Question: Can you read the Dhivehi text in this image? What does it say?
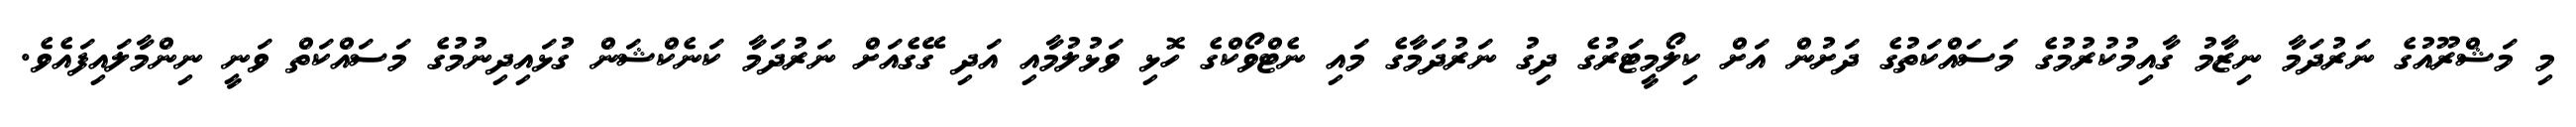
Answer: މި މަޝްރޫއުގެ ނަރުދަމާ ނިޒާމު ގާއިމުކުރުމުގެ މަސައްކަތުގެ ދަށުން އަށް ކިލޯމީޓަރުގެ ދިގު ނަރުދަމާގެ މައި ނެޓްވޯކްގެ ހޮޅި ވަޅުލުމާއި އަދި ގޭގެއަށް ނަރުދަމާ ކަނެކްޝަން ގުޅައިދިނުމުގެ މަސައްކަތް ވަނީ ނިންމާލައިފައެވެ.